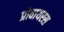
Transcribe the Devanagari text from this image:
प्रोवायरस